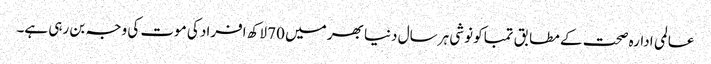
عالمی ادارہ صحت کے مطابق تمباکو نوشی ہر سال دنیا بھر میں 70 لاکھ افراد کی موت کی وجہ بن رہی ہے۔